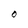
Character: O